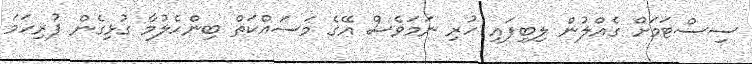
ސިސްޓަމަށް ގެއްލުން ލިބިފައި ހުރި ނަމަވެސް އޭގެ މަސައްކަތް ބިންހެލުމާ ގުޅިގެން ފުރިހަމަ